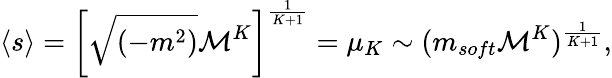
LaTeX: \langle s\rangle=\left[\sqrt{(-m^{2})}{\cal M}^{K}\right]^{\frac{1}{K+1}}=\mu_{K}\sim(m_{soft}{\cal M}^{K})^{\frac{1}{K+1}},